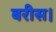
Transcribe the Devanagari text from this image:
बरीस।